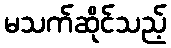
မသက်ဆိုင်သည့်